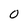
Character: 0